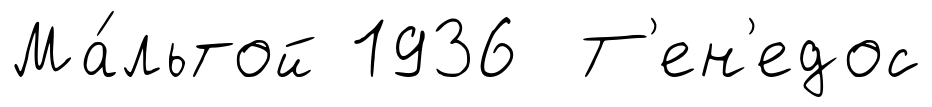
Ма́льтой 1936 Т'ен'едос